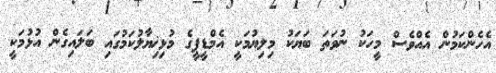
އެހެންކަމުން އެއްވެސް މީހަކު ނުވަތަ ބަޔަކު މިލިޔުމަކީ އެމްޑީޕީގެ މުޅިޚިޔާލުކަމުގައި ބަލައިގެން އުޅުމަކީ